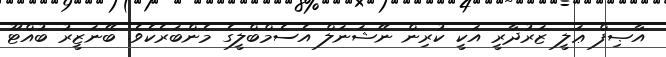
އާޞިފް ޢަލީ ޒަރުދާރީ އަކީ ކުރިން ނޭޝަނަލް އެސެމްބްލީގެ މެންބަރެކެވެ. ބޭނަޒީރު ބުއްޓޫ